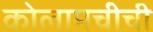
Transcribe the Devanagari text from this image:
कोलामचीची